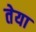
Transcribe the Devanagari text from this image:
तेया